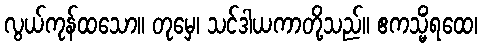
လွယ်ကုန်ထသော။ တုမှေ၊ သင်ဒါယကာတို့သည်။ ဧကသ္မိံရထေ၊